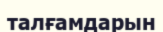
талғамдарын